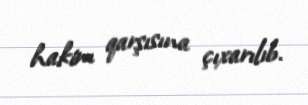
hakim qarşısına çıxarılıb.